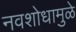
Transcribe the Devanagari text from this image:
नवशोधामुळे